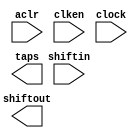
// This program was cloned from: https://github.com/cxdzyq1110/posture_recognition_CNN
// License: GNU General Public License v3.0

// megafunction wizard: %Shift register (RAM-based)%VBB%
// GENERATION: STANDARD
// VERSION: WM1.0
// MODULE: ALTSHIFT_TAPS 

// ============================================================
// Megafunction Name(s):
// 			ALTSHIFT_TAPS
//
// Simulation Library Files(s):
// 			altera_mf
// ============================================================
// ************************************************************
// THIS IS A WIZARD-GENERATED FILE. DO NOT EDIT THIS FILE!
//
// 14.0.0 Build 200 06/17/2014 SJ Full Version
// ************************************************************

//Copyright (C) 1991-2014 Altera Corporation. All rights reserved.
//Your use of Altera Corporation's design tools, logic functions 
//and other software and tools, and its AMPP partner logic 
//functions, and any output files from any of the foregoing 
//(including device programming or simulation files), and any 
//associated documentation or information are expressly subject 
//to the terms and conditions of the Altera Program License 
//Subscription Agreement, the Altera Quartus II License Agreement,
//the Altera MegaCore Function License Agreement, or other 
//applicable license agreement, including, without limitation, 
//that your use is for the sole purpose of programming logic 
//devices manufactured by Altera and sold by Altera or its 
//authorized distributors.  Please refer to the applicable 
//agreement for further details.

module line_buf_400pts_1line16 (
	aclr,
	clken,
	clock,
	shiftin,
	shiftout,
	taps);

	input	  aclr;
	input	  clken;
	input	  clock;
	input	[15:0]  shiftin;
	output	[15:0]  shiftout;
	output	[15:0]  taps;
`ifndef ALTERA_RESERVED_QIS
// synopsys translate_off
`endif
	tri1	  aclr;
	tri1	  clken;
`ifndef ALTERA_RESERVED_QIS
// synopsys translate_on
`endif

endmodule

// ============================================================
// CNX file retrieval info
// ============================================================
// Retrieval info: PRIVATE: ACLR NUMERIC "1"
// Retrieval info: PRIVATE: CLKEN NUMERIC "1"
// Retrieval info: PRIVATE: GROUP_TAPS NUMERIC "1"
// Retrieval info: PRIVATE: INTENDED_DEVICE_FAMILY STRING "Cyclone V"
// Retrieval info: PRIVATE: NUMBER_OF_TAPS NUMERIC "1"
// Retrieval info: PRIVATE: RAM_BLOCK_TYPE NUMERIC "1"
// Retrieval info: PRIVATE: SYNTH_WRAPPER_GEN_POSTFIX STRING "0"
// Retrieval info: PRIVATE: TAP_DISTANCE NUMERIC "400"
// Retrieval info: PRIVATE: WIDTH NUMERIC "16"
// Retrieval info: LIBRARY: altera_mf altera_mf.altera_mf_components.all
// Retrieval info: CONSTANT: INTENDED_DEVICE_FAMILY STRING "Cyclone V"
// Retrieval info: CONSTANT: LPM_HINT STRING "RAM_BLOCK_TYPE=M10K"
// Retrieval info: CONSTANT: LPM_TYPE STRING "altshift_taps"
// Retrieval info: CONSTANT: NUMBER_OF_TAPS NUMERIC "1"
// Retrieval info: CONSTANT: TAP_DISTANCE NUMERIC "400"
// Retrieval info: CONSTANT: WIDTH NUMERIC "16"
// Retrieval info: USED_PORT: aclr 0 0 0 0 INPUT VCC "aclr"
// Retrieval info: USED_PORT: clken 0 0 0 0 INPUT VCC "clken"
// Retrieval info: USED_PORT: clock 0 0 0 0 INPUT NODEFVAL "clock"
// Retrieval info: USED_PORT: shiftin 0 0 16 0 INPUT NODEFVAL "shiftin[15..0]"
// Retrieval info: USED_PORT: shiftout 0 0 16 0 OUTPUT NODEFVAL "shiftout[15..0]"
// Retrieval info: USED_PORT: taps 0 0 16 0 OUTPUT NODEFVAL "taps[15..0]"
// Retrieval info: CONNECT: @aclr 0 0 0 0 aclr 0 0 0 0
// Retrieval info: CONNECT: @clken 0 0 0 0 clken 0 0 0 0
// Retrieval info: CONNECT: @clock 0 0 0 0 clock 0 0 0 0
// Retrieval info: CONNECT: @shiftin 0 0 16 0 shiftin 0 0 16 0
// Retrieval info: CONNECT: shiftout 0 0 16 0 @shiftout 0 0 16 0
// Retrieval info: CONNECT: taps 0 0 16 0 @taps 0 0 16 0
// Retrieval info: GEN_FILE: TYPE_NORMAL line_buf_400pts_1line16.v TRUE
// Retrieval info: GEN_FILE: TYPE_NORMAL line_buf_400pts_1line16.inc FALSE
// Retrieval info: GEN_FILE: TYPE_NORMAL line_buf_400pts_1line16.cmp FALSE
// Retrieval info: GEN_FILE: TYPE_NORMAL line_buf_400pts_1line16.bsf FALSE
// Retrieval info: GEN_FILE: TYPE_NORMAL line_buf_400pts_1line16_inst.v FALSE
// Retrieval info: GEN_FILE: TYPE_NORMAL line_buf_400pts_1line16_bb.v TRUE
// Retrieval info: LIB_FILE: altera_mf